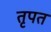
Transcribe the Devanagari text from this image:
तृपत